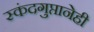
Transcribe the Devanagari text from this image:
स्कंदगुप्तानेही